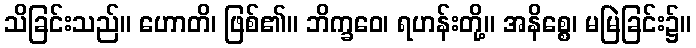
သိခြင်းသည်။ ဟောတိ၊ ဖြစ်၏။ ဘိက္ခဝေ၊ ရဟန်းတို့။ အနိစ္စေ၊ မမြဲခြင်း၌။